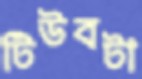
টিউবটা